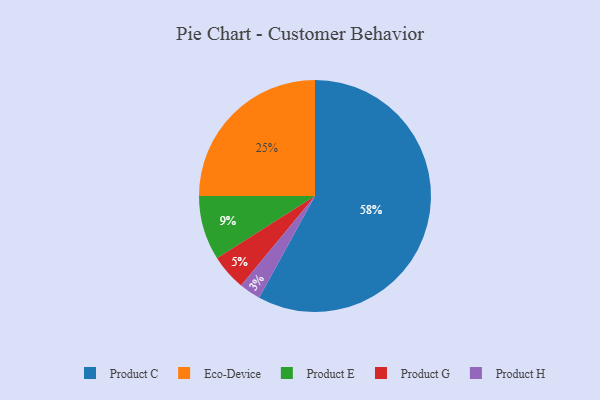
{"axis": {"x": "Category", "y": "Percentage"}, "legend": ["Eco-Device", "Product C", "Product E", "Product G", "Product H"], "data": [{"x": "Product E", "y": 9, "type": "Product E"}, {"x": "Product G", "y": 5, "type": "Product G"}, {"x": "Eco-Device", "y": 25, "type": "Eco-Device"}, {"x": "Product C", "y": 58, "type": "Product C"}, {"x": "Product H", "y": 3, "type": "Product H"}]}